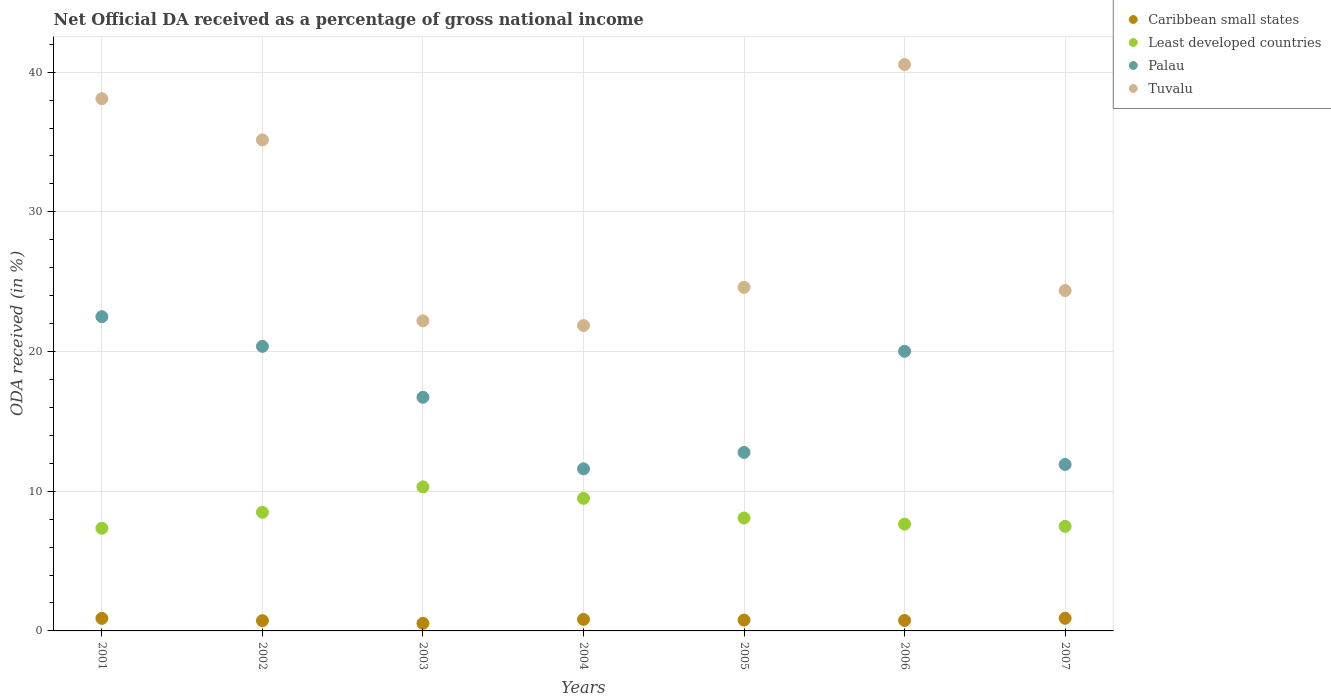
| Years | Caribbean small states | Least developed countries | Palau | Tuvalu |
 | --- | --- | --- | --- | --- |
 | 2001 | 0.897 | 7.35 | 22.5 | 38.1 |
 | 2002 | 0.734 | 8.49 | 20.4 | 35.2 |
 | 2003 | 0.542 | 10.3 | 16.7 | 22.2 |
 | 2004 | 0.826 | 9.49 | 11.6 | 21.9 |
 | 2005 | 0.775 | 8.08 | 12.8 | 24.6 |
 | 2006 | 0.748 | 7.64 | 20 | 40.5 |
 | 2007 | 0.906 | 7.49 | 11.9 | 24.4 |